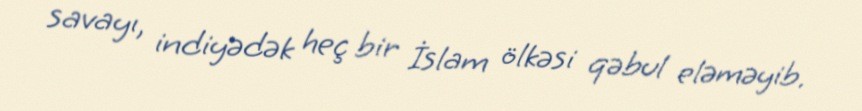
savayı, indiyədək heç bir İslam ölkəsi qəbul eləməyib.